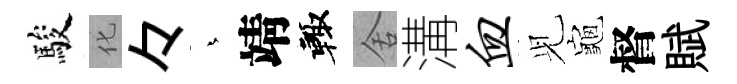
駿化々蒼靖輙舍溝血𫤗龜督賦